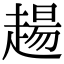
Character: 𧼮